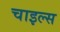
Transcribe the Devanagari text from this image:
चाइल्स